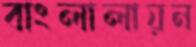
বাংলালায়ন